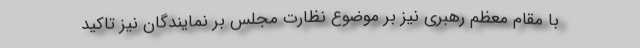
با مقام معظم رهبری نیز بر موضوع نظارت مجلس بر نمایندگان نیز تاکید